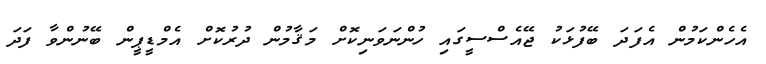
އެހެންކަމުން އެފަދަ ބޭފުޅަކު ޖޭއެސްސީގައި ހުންނަވަނިކޮށް މަޤާމުން ދުރުކޮށް އެމްޑީޕީން ބޭނުންވާ ފަދަ